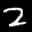
Label: 2